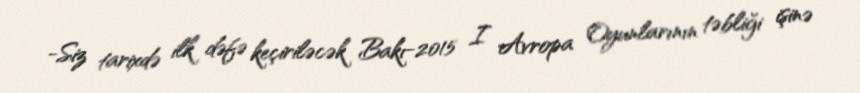
-Siz tarixdə ilk dəfə keçiriləcək Bakı-2015 I Avropa Oyunlarının təbliği işinə